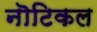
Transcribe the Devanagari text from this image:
नॊटिकल